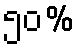
၅၀%